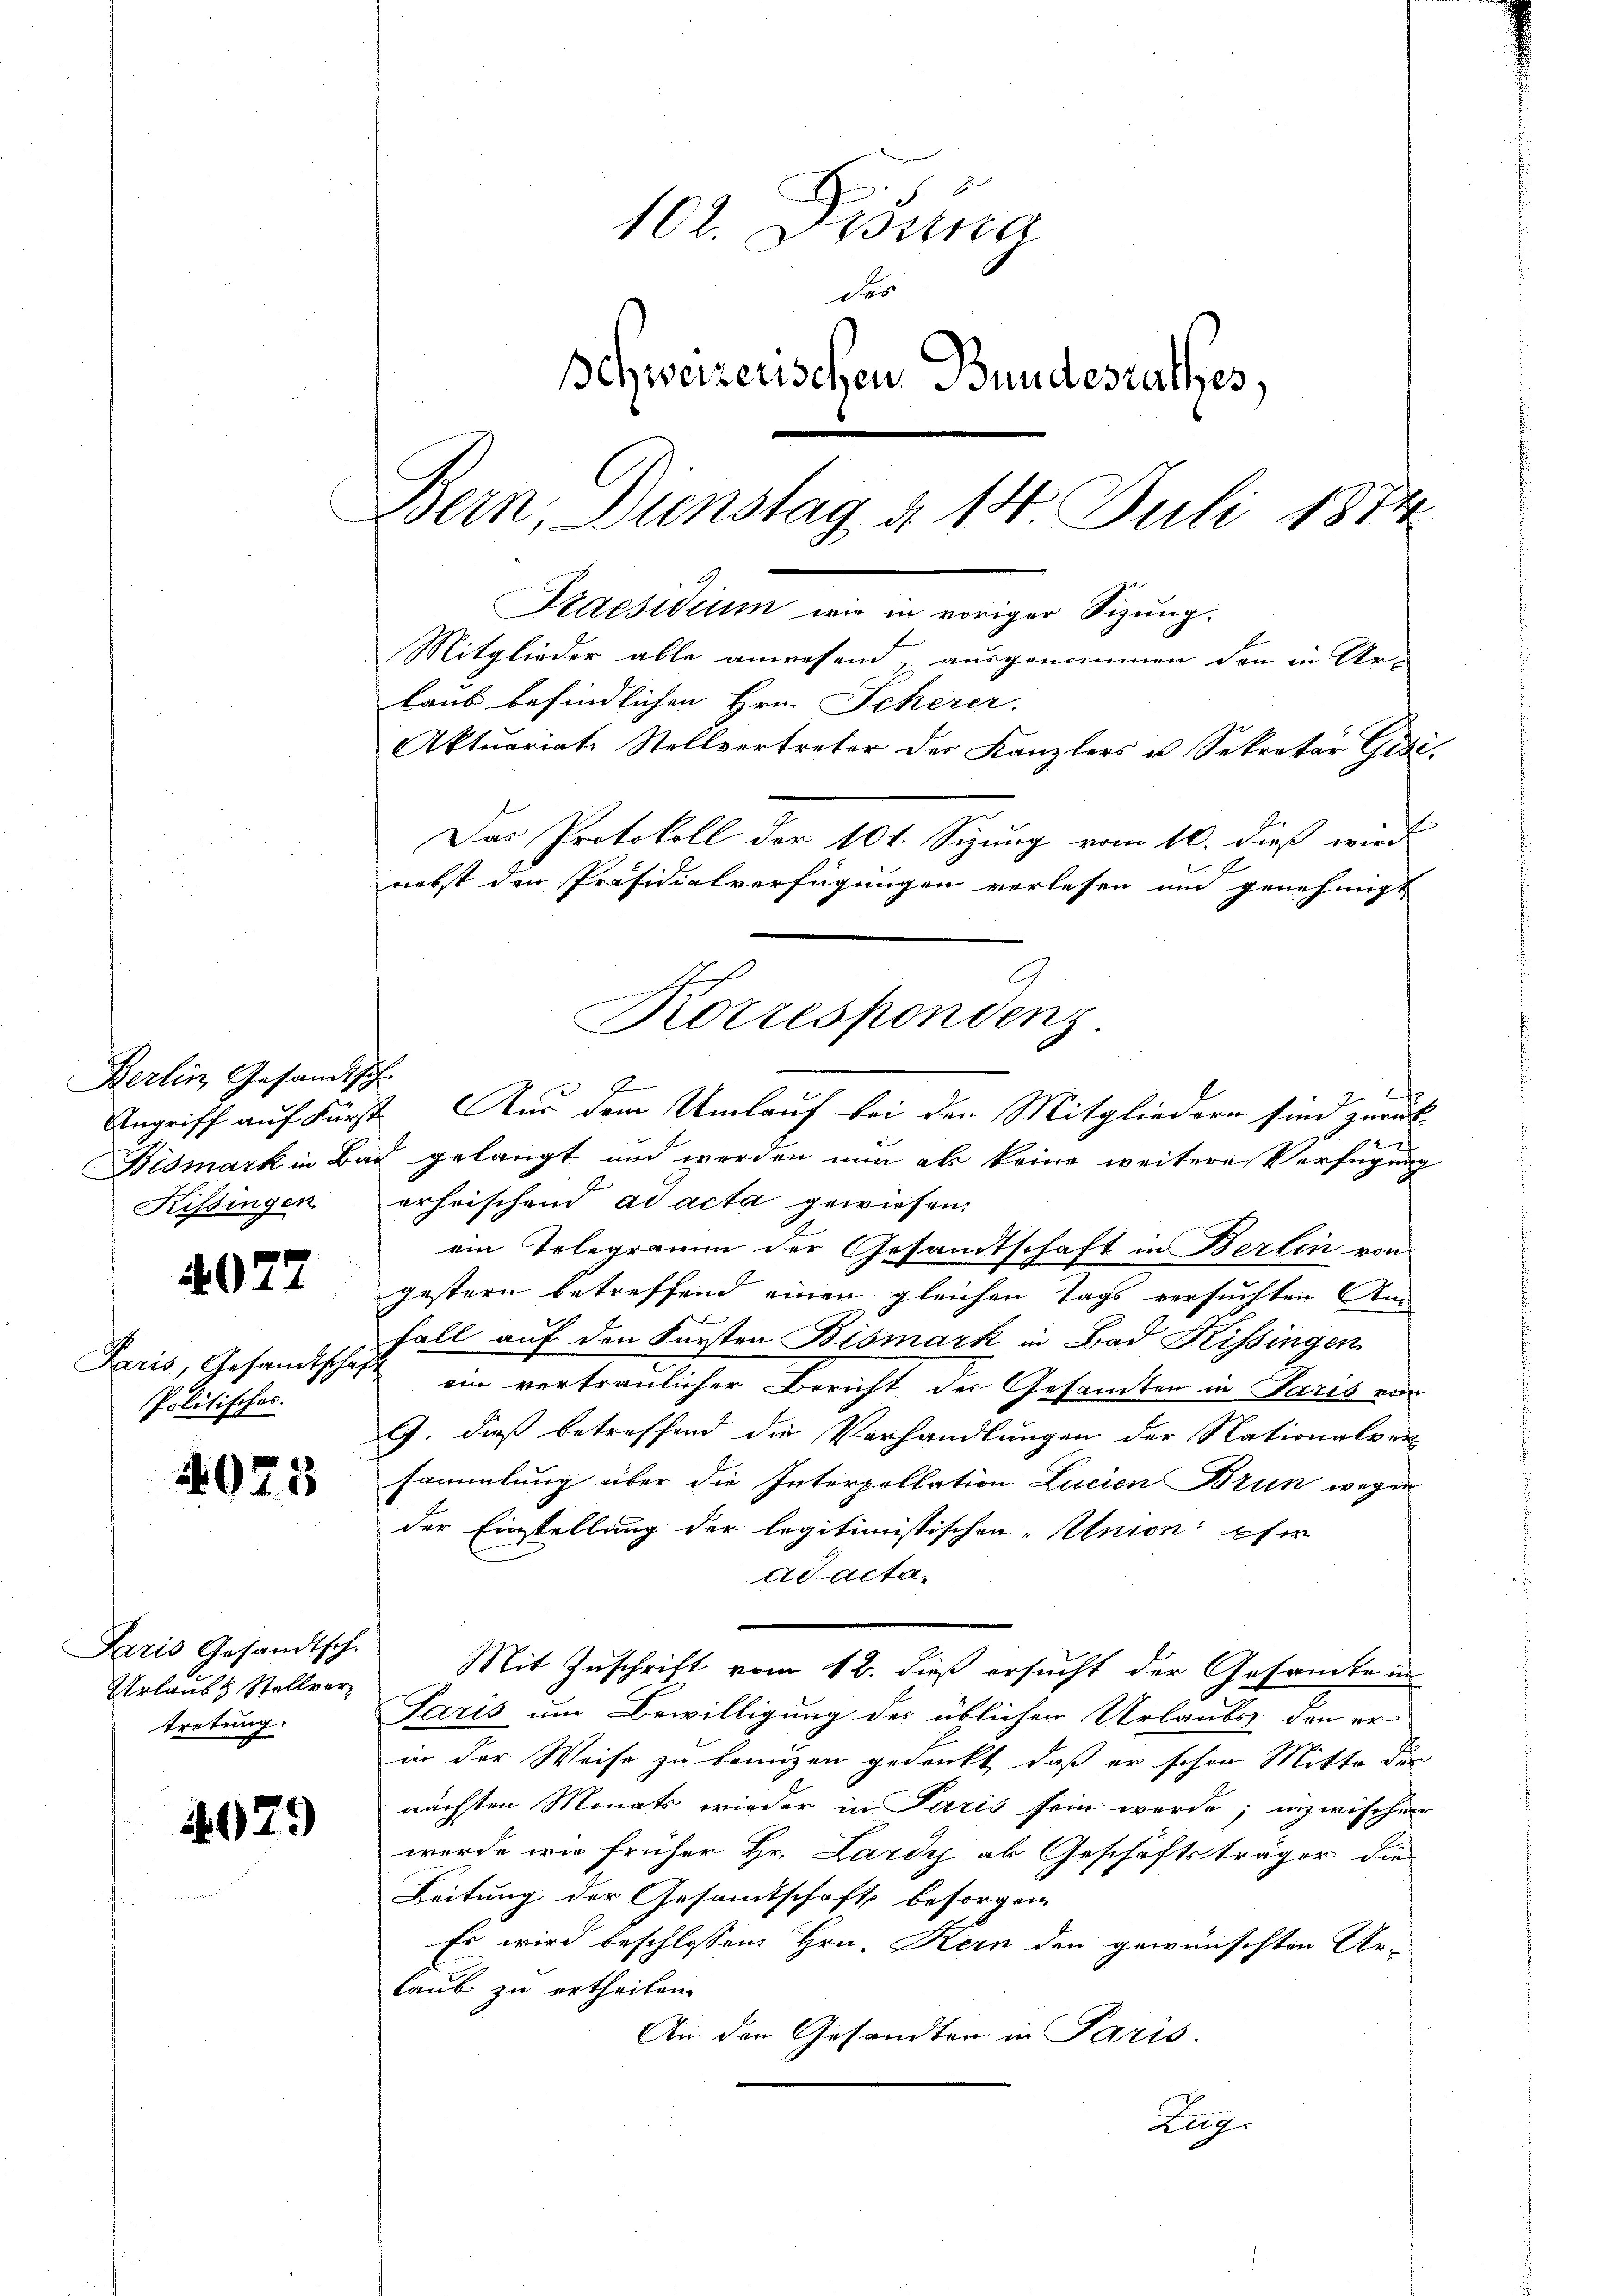
Berlin, Gesandtsch
Kissingen

4072

Paris, Gesandtschaf
Politisches.

4021

Paris Gesandtsch
Urlaub & Stellvertretung.

4079)

102. Dissna
des
Schweizerischen Bundesrathes,
Bern, Dienstag § 14 Juli 1874
Praesidium wir in voriger Sizung.
Mitglieder alle anwesend ausgenommen den in Ur-
laub befindlichen Hrn. Scherer.
Aktuariat Stellvertreter des Kanzlers u. Sekretar Gisi,
Das Protokoll der 101. Sizung vom 10. dieß wird
nebst den Präsidialverfügungen verlesen und genehmigt
Korrespondenz

J

ch
Angriff auf Fürst Aus dem Umlauf bei den Mitgliedern sind zurück-
f
Bismark in Bad gelangt und werden nun als keine weitere Verfügung
erheischend ad acta gewiesen.
ein Telegramm der Gesamtschaft in Berlin von
gestern betreffend einen gleichen Tags versuchten Am
Fall auf den Fürsten Bismark in Bad Kissingen
ein vertraulicher Bericht der Gesamten in Paris von
G. dieß betreffend die Verhandlungen der Nationalversammlung über die Interzollation Lucien Brun wegen
der Einstellung der legitimistischen „Union Eser
ad acta,
Mit Zuschrift vom 12. dieß ersucht der Gesamte in
Paris um Bewilligung des üblichen Urlaubs den er
in der Weise zu benuzen gedankt, daß er schon Mitte der
nächsten Monats wieder in Paris sein werde; inzwischen
werde wie früher Hr. Lardyj ab Geschäftsträger die
Leitung der Gesandtschaft besorgen
Es wird beschlossen Hrn. Kern den gewünschten Ar-
laub zu ertheilen.
An den Gesandten in Paris.
Zug.